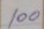
100